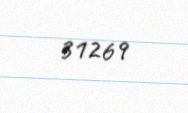
31269